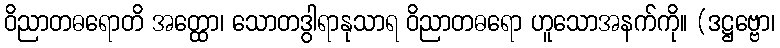
ဝိညာတဓရောတိ အတ္ထော၊ သောတဒွါရာနုသာရ ဝိညာတဓရော ဟူသောအနက်ကို။ (ဒဋ္ဌဗ္ဗော၊